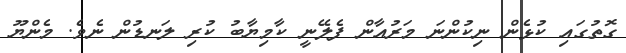
ގޮތުގައި ކުޅެން ނިކުންނަ މަރުއާން ފެލޭނީ ކާމިޔާބު ކުރި ލަނޑުން ނެވެ. މެންޔޫ